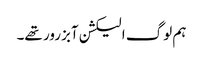
ہم لوگ الیکشن آبزرور تھے۔